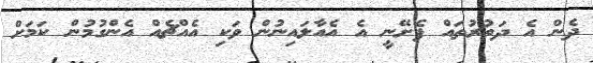
ދެން އެ ދަތުރުތައް ފެށޭނީ އެ އެއާލައިނުން ވަކި އެއްޗެއް އެންގުމުން ކަމަށް